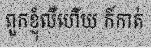
ពួកខ្ញុំលឺហើយ ក៍កាត់